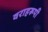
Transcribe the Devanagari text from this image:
वराहरूपी